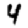
Digit: 4